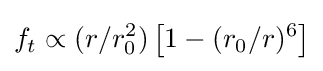
f_{t}\propto (r/r_{0}^{2})\left[1-(r_{0}/r)^{6}\right]